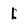
Character: l